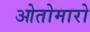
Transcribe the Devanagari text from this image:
ओतोमारो